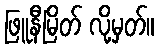
ဖြူနီမြိတ် လို့မှတ်။